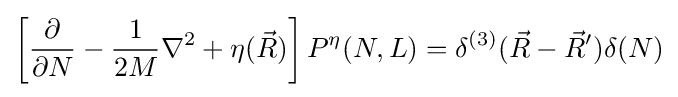
\left[{\frac {\partial }{\partial N}}-{\frac {1}{2M}}\nabla ^{2}+\eta ({\vec {R}})\right]P^{\eta }(N,L)=\delta ^{(3)}({\vec {R}}-{\vec {R}}')\delta (N)